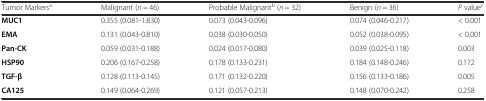
<table><thead><tr><td><b>Tumor Markers<sup>a</sup></b></td><td><b>Malignant (<i>n</i> = 46)</b></td><td><b>Probable Malignant<sup>b</sup> (<i>n</i> = 32)</b></td><td><b>Benign (<i>n</i> = 36)</b></td><td><b><i>P</i> value<sup>c</sup></b></td></tr></thead><tbody><tr><td><b>MUC1</b></td><td>0.355 (0.081-1.830)</td><td>0.073 (0.043-0.096)</td><td>0.074 (0.046-0.217)</td><td>&lt; 0.001</td></tr><tr><td><b>EMA</b></td><td>0.131 (0.043-0.810)</td><td>0.038 (0.030-0.050)</td><td>0.052 (0.038-0.095)</td><td>&lt; 0.001</td></tr><tr><td><b>Pan-CK</b></td><td>0.059 (0.031-0.188)</td><td>0.024 (0.017-0.080)</td><td>0.039 (0.025-0.118)</td><td>0.003</td></tr><tr><td><b>HSP90</b></td><td>0.206 (0.167-0.258)</td><td>0.178 (0.133-0.231)</td><td>0.184 (0.148-0.246)</td><td>0.172</td></tr><tr><td><b>TGF-β</b></td><td>0.128 (0.113-0.145)</td><td>0.171 (0.132-0.220)</td><td>0.156 (0.133-0.186)</td><td>0.005</td></tr><tr><td><b>CA125</b></td><td>0.149 (0.064-0.269)</td><td>0.121 (0.057-0.213)</td><td>0.148 (0.070-0.242)</td><td>0.258</td></tr></tbody></table>